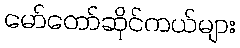
မော်တော်ဆိုင်ကယ်များ